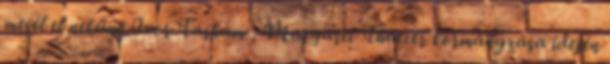
mesél el nekünk.Ivor Tasham , Margaret Thatcer kormányzása idején